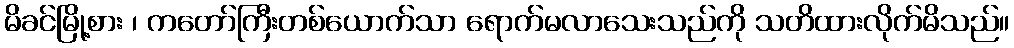
မိခင်မြို့စား ၊ ကတော်ကြီးတစ်ယောက်သာ ရောက်မလာသေးသည်ကို သတိထားလိုက်မိသည်။